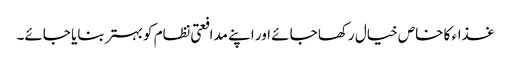
غذاء کا خاص خیال رکھا جائے اور اپنے مدافعتی نظام کو بہتر بنایا جائے۔